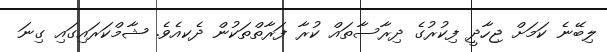
ލިބޭނެ ކަމަށް ޖިހާދީ ފިކުރުގެ ދިރާސާތައް ކުރާ ފަރާތްތަކުން ދެކއެވެ. ޝާމްކަރައިގައި ގިނަ